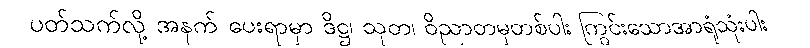
ပတ်သက်လို့ အနက် ပေးရာမှာ ဒိဋ္ဌ၊ သုတ၊ ဝိညာတမှတစ်ပါး ကြွင်းသောအာရုံသုံးပါး